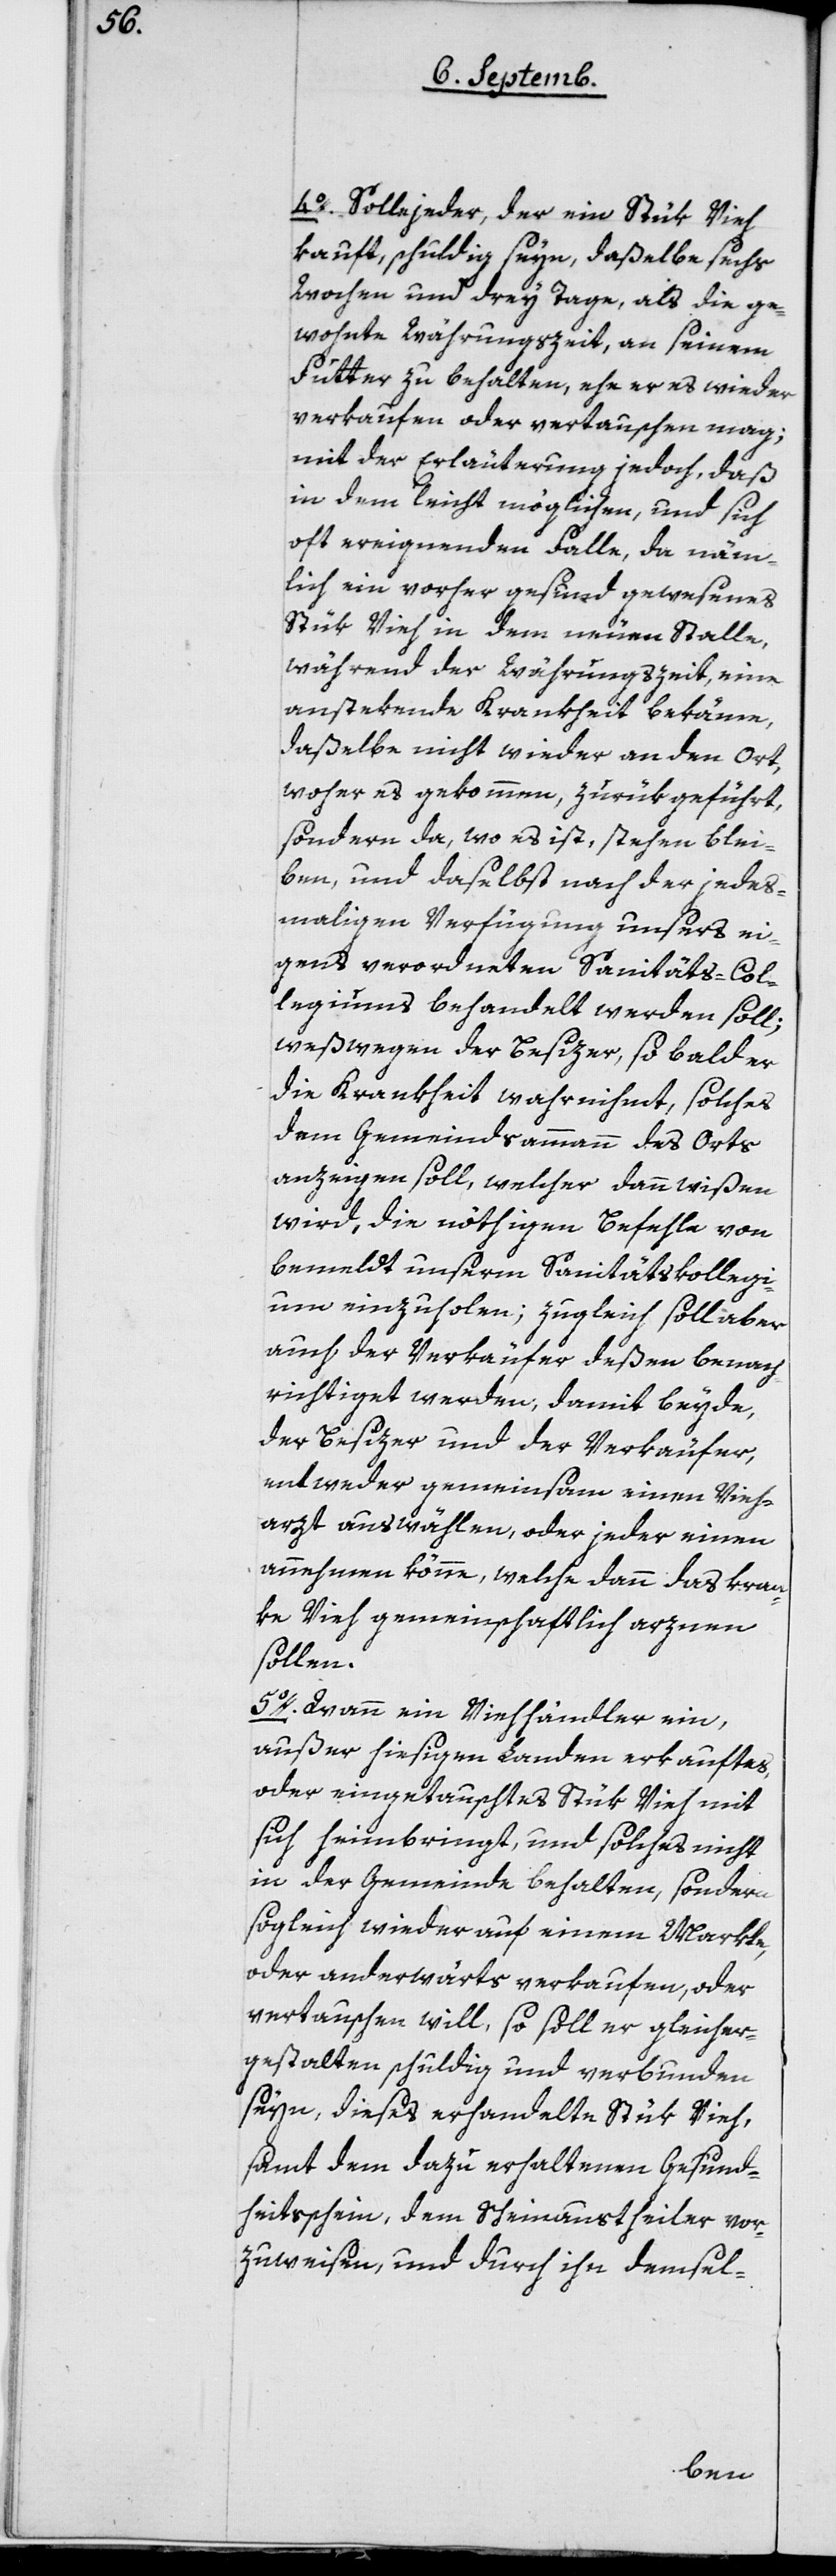
4o Solle jeder, der ein Stük Vieh
kauft, schuldig seyn, daßelbe sechs
Wochen und drey Tage, als die ge¬
wohnte Währungszeit, an seinem
Futter zu behalten, ehe er es wieder
verkaufen oder vertauschen mag;
mit der Erläuterung jedoch, daß
in dem leicht möglichen, und sich
oft ereignenden Falle, da näm¬
lich ein vorher gesund gewesenes
Stük Vieh in dem neuen Stalle,
während der Währungszeit, eine
anstekende Krankheit bekäme,
daßelbe nicht wieder an den Ort,
woher es gekommen, zurükgeführt,
sondern da, wo es ist, stehen blei¬
ben und daselbst nach der jedes¬
maligen Verfügung unsers ei¬
gens verordneten Sanitäts-Col¬
legiums behandelt werden soll;
weßwegen der Besizer, so bald er
die Krankheit wahrnimmt, solches
dem Gemeindsammann des Orts
anzeigen soll, welcher dann wißen
wird, die nöthigen Befehle von
bemeldt unserm Sanitätskollegi¬
um einzuholen; zugleich soll aber
auch der Verkäufer deßen benach¬
richtigt werden, damit beyde,
der Besitzer und der Verkäufer,
entweder gemeinsam einen Vieh¬
arzt auswählen, oder jeder einen
annehmen könne, welche dann das kran¬
ke Vieh gemeinschaftlich arznen
sollen.
5o Wann ein Viehhändler ein,
außer hiesigen Landen erkauftes,
oder eingetauschtes Stük Vieh mit
sich heimbringt, und solches nicht
in der Gemeinde behalten, sondern
sogleich wieder auf einem Markte,
oder anderwärts verkaufen, oder
vertauschen will, so soll er gleicher¬
gestalten schuldig und verbunden
seyn, dieses erhandelte Stük Vieh,
samt dem dazu erhaltenen Gesund¬
heitsschein, dem Scheinaustheiler vor¬
zuweisen, und durch ihn demsel-